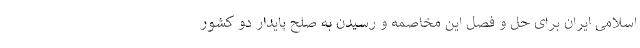
اسلامی ایران برای حل و فصل این مخاصمه و رسیدن به صلح پایدار دو کشور